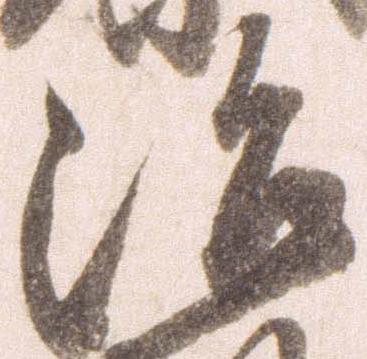
治